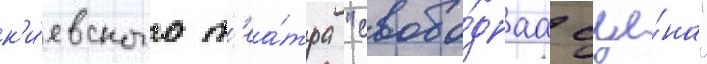
к'и́евского т'еа́тра "свобо́днаа сце́на"